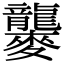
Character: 𪎁